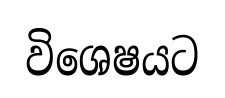
විශෙෂයට